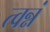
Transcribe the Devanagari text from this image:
त्वन्नं